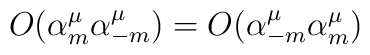
O(\alpha^\mu_m \alpha^\mu_{-m}) = O(\alpha^\mu_{-m} \alpha^\mu_m)